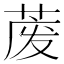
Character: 𱽱